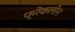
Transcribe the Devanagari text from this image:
फ्रेंकलीन